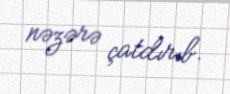
nəzərə çatdırıb.